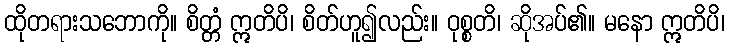
ထိုတရားသဘောကို။ စိတ္တံ ဣတိပိ၊ စိတ်ဟူ၍လည်း။ ဝုစ္စတိ၊ ဆိုအပ်၏။ မနော ဣတိပိ၊